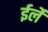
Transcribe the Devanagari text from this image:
ईर्ले